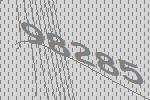
98285